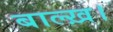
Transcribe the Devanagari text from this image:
बाल्ख़।